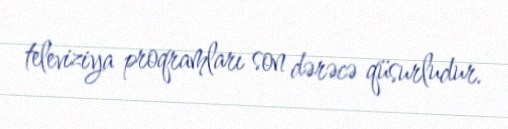
televiziya proqramları son dərəcə qüsurludur.